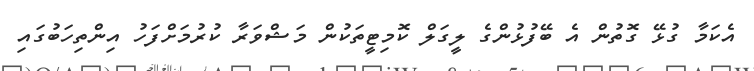
އެކަމާ ގުޅޭ ގޮތުން އެ ބޭފުޅުންގެ ލީގަލް ކޮމިޓީތަކުން މަޝްވަރާ ކުރުމަށްފަހު އިންތިހަބުގައި